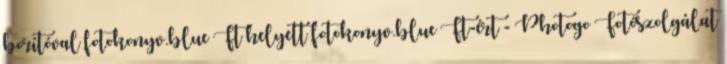
borítóval fotokonyv.blue Ft helyett fotokonyv.blue Ft-ért - Photogo Fotószolgálat